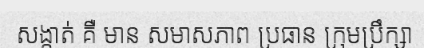
សង្កាត់ គឺ មាន សមាសភាព ប្រធាន ក្រុមប្រឹក្សា